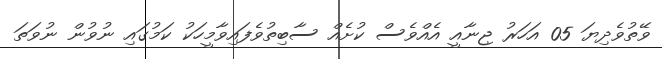
ވޭތުވެދިޔަ 05 އަހަރު ޖިނާއީ އެއްވެސް ކުށެއް ސާބިތުވެފައިވާމީހަކު ކަމުގައި ނުވުން ނުވަތަ